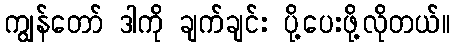
ကျွန်တော် ဒါကို ချက်ချင်း ပို့ပေးဖို့လိုတယ်။